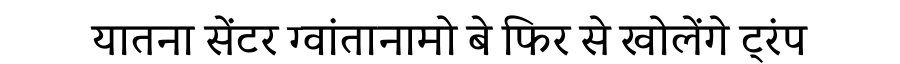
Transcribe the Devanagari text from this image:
यातना सेंटर ग्वांतानामो बे फिर से खोलेंगे ट्रंप